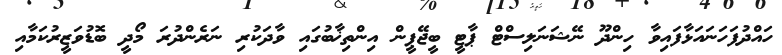
ހައްދުފަހަނައަޅާފައިވާ ހިންދޫ ނޭޝަނަލިސްޓް ޕާޓީ ބީޖޭޕީން އިންތިޚާބުގައި ވާދަކުރި ނަރެންދުރަ މޯދީ ބޮޑުވަޒީރުކަމާއި